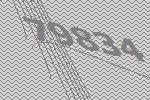
79834